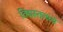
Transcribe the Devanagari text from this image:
विद्मस्तत्तत्त्वं